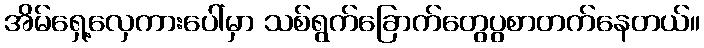
အိမ်ရှေ့လှေကားပေါ်မှာ သစ်ရွက်ခြောက်တွေပွစာတက်နေတယ်။